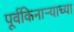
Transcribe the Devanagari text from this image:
पूर्वकिनाऱ्याच्या